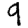
Digit: 9